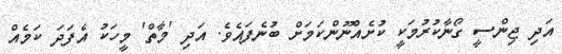
އަދި ޖިންސީ ގޯނާކުރުމަކީ ކުށެއްނޫންކަމަށް ބުނެފައެވެ. އަދި 'މާތް' މީހަކު އެފަދަ ކަމެއް